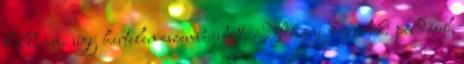
kell, ami úgy hirtelen eszembe jutott. Néhány közülük: például,